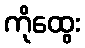
ကိုထွေး